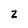
Character: z